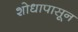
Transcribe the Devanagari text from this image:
शोधापासून